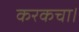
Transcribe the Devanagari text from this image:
करकचा।